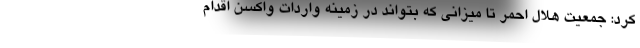
کرد: جمعیت هلال احمر تا میزانی که بتواند در زمینه واردات واکسن اقدام